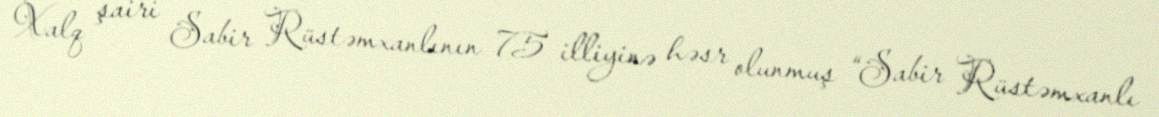
Xalq şairi Sabir Rüstəmxanlının 75 illiyinə həsr olunmuş “Sabir Rüstəmxanlı